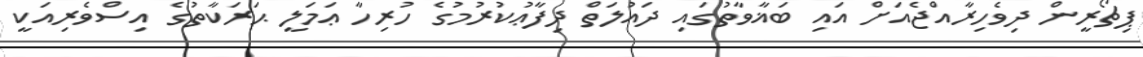
ޕިޗޯރީން ދިވެހިރާއްޖެއަށް އައި ބަޣާވާތުގައި ދައުލަތް ދިފާޢުކުރުމުގެ ހުރިހާ ޢަމަލީ ޙަރަކާތުގެ އިސްވެރިއަކީ